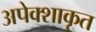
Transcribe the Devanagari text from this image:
अपेक्शाकृत